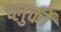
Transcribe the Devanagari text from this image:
प्लुर्कों